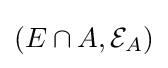
(E\cap A,{\mathcal {E}}_{A})